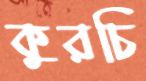
কুরচি